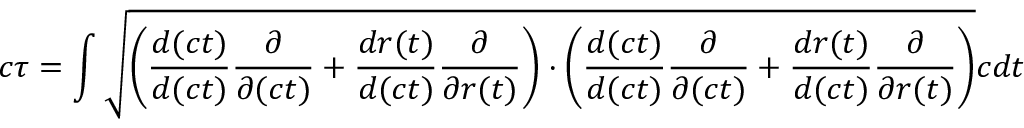
c \tau = \int \sqrt { \left( \frac { d ( c t ) } { d ( c t ) } \frac { \partial } { \partial ( c t ) } + \frac { d r ( t ) } { d ( c t ) } \frac { \partial } { \partial { r ( t ) } } \right) \cdot \left( \frac { d ( c t ) } { d ( c t ) } \frac { \partial } { \partial ( c t ) } + \frac { d r ( t ) } { d ( c t ) } \frac { \partial } { \partial { r ( t ) } } \right) } c d t